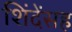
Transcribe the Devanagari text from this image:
शिंदेंसह